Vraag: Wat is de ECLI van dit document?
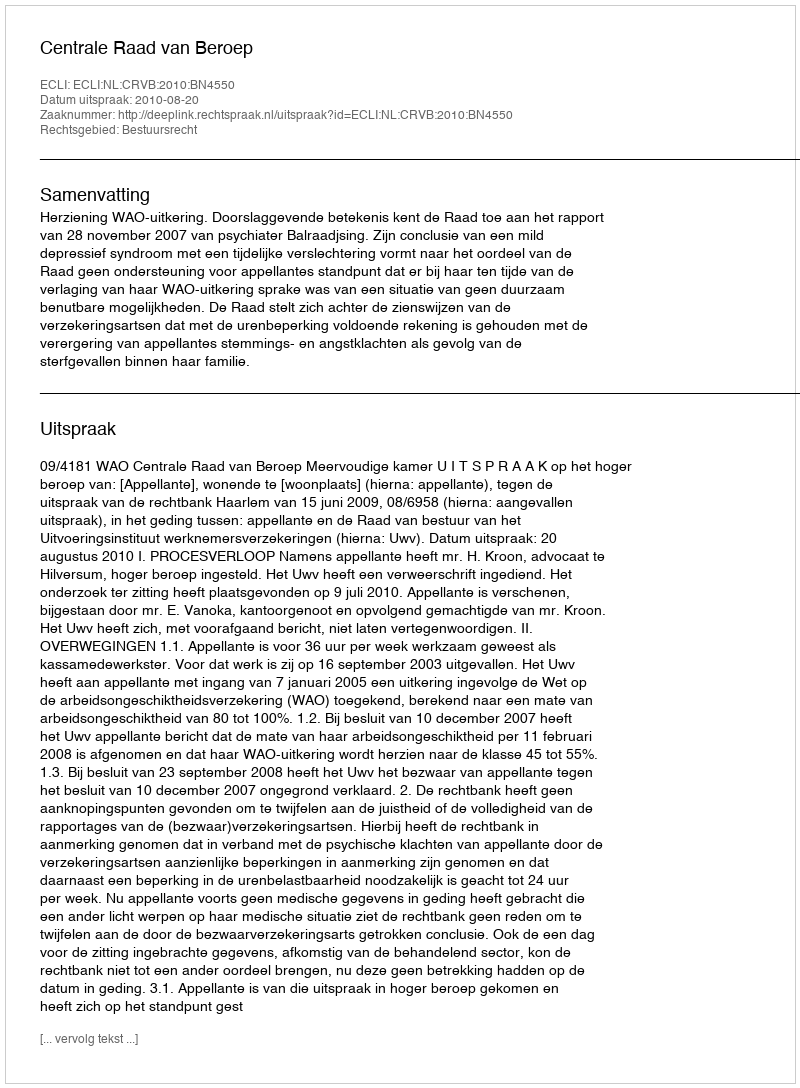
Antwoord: ECLI:NL:CRVB:2010:BN4550